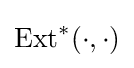
\operatorname {Ext} ^{*}(\cdot ,\cdot )